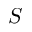
S